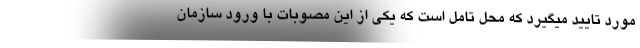
مورد تایید میگیرد که محل تامل است که یکی از این مصوبات با ورود سازمان